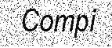
Compi